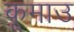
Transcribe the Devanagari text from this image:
कूमाउ